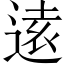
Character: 逺